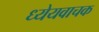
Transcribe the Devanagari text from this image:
ध्येयवाचक